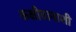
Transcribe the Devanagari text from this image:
कक्षीवानाशी